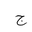
Letter: _gim